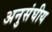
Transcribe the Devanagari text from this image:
अनुसंघीय